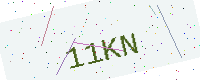
Text: 11KN